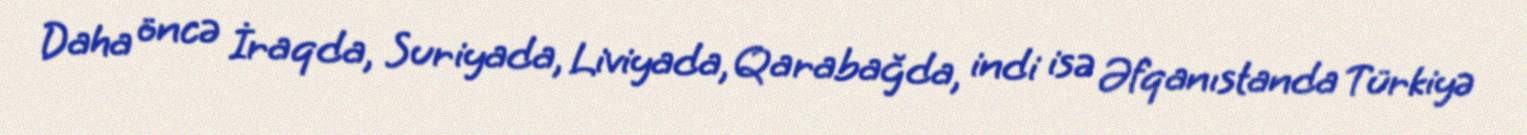
Daha öncə İraqda, Suriyada, Liviyada, Qarabağda, indi isə Əfqanıstanda Türkiyə